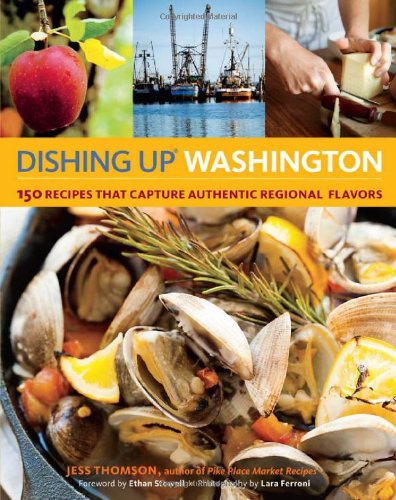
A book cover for Dishing UpÂ® Washington: 150 Recipes That Capture Authentic Regional Flavors; Jess Thomson; Cookbooks, Food & Wine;